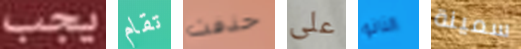
يجب تقام حذفت على النانو سمينة